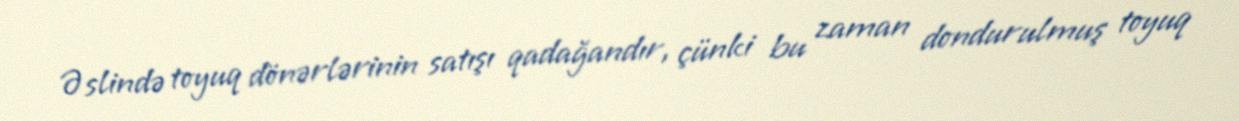
Əslində toyuq dönərlərinin satışı qadağandır, çünki bu zaman dondurulmuş toyuq